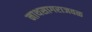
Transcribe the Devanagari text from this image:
नाथसागराजवळ